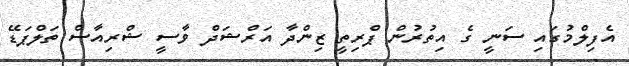
އެފިލްމުގައި ސަނީ ގެ އިތުރުން ޕްރިތީ ޒިންދާ އަރްޝަދް ވާސީ ޝްރިއާސް ތަލްޕަޑޭ